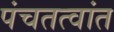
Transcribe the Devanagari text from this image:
पंचतत्वांत